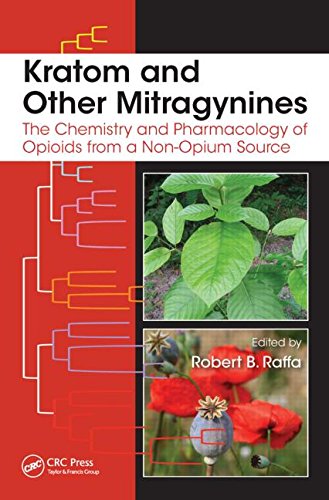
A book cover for Kratom and Other Mitragynines: The Chemistry and Pharmacology of Opioids from a Non-Opium Source; Medical Books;